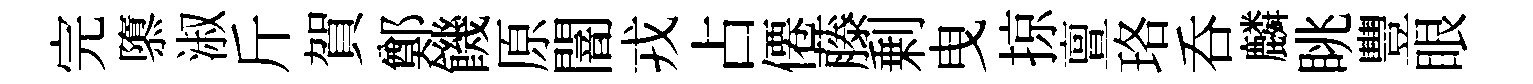
完隳淑斤賀鄭饑原闇戎占僊藤剰曳掠亶珞呑麟眺豐眼